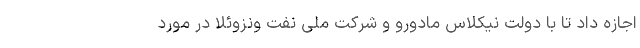
اجازه داد تا با دولت نیکلاس مادورو و شرکت ملی نفت ونزوئلا در مورد